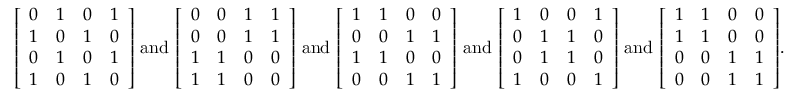
{ \left[ \begin{array} { l l l l } { 0 } & { 1 } & { 0 } & { 1 } \\ { 1 } & { 0 } & { 1 } & { 0 } \\ { 0 } & { 1 } & { 0 } & { 1 } \\ { 1 } & { 0 } & { 1 } & { 0 } \end{array} \right] } { \mathrm { ~ a n d ~ } } { \left[ \begin{array} { l l l l } { 0 } & { 0 } & { 1 } & { 1 } \\ { 0 } & { 0 } & { 1 } & { 1 } \\ { 1 } & { 1 } & { 0 } & { 0 } \\ { 1 } & { 1 } & { 0 } & { 0 } \end{array} \right] } { \mathrm { ~ a n d ~ } } { \left[ \begin{array} { l l l l } { 1 } & { 1 } & { 0 } & { 0 } \\ { 0 } & { 0 } & { 1 } & { 1 } \\ { 1 } & { 1 } & { 0 } & { 0 } \\ { 0 } & { 0 } & { 1 } & { 1 } \end{array} \right] } { \mathrm { ~ a n d ~ } } { \left[ \begin{array} { l l l l } { 1 } & { 0 } & { 0 } & { 1 } \\ { 0 } & { 1 } & { 1 } & { 0 } \\ { 0 } & { 1 } & { 1 } & { 0 } \\ { 1 } & { 0 } & { 0 } & { 1 } \end{array} \right] } { \mathrm { ~ a n d ~ } } { \left[ \begin{array} { l l l l } { 1 } & { 1 } & { 0 } & { 0 } \\ { 1 } & { 1 } & { 0 } & { 0 } \\ { 0 } & { 0 } & { 1 } & { 1 } \\ { 0 } & { 0 } & { 1 } & { 1 } \end{array} \right] } .